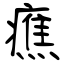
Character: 癄